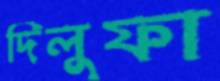
দিলুফা